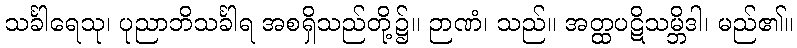
သင်္ခါရေသု၊ ပုညာဘိသင်္ခါရ အစရှိသည်တို့၌။ ဉာဏံ၊ သည်။ အတ္ထပဋိသမ္ဘိဒါ၊ မည်၏။